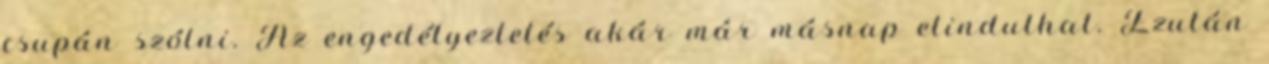
csupán szólni. Az engedélyeztetés akár már másnap elindulhat. Ezután